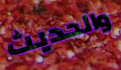
والحديث